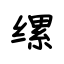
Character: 缧